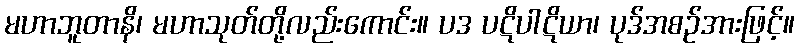
မဟာဘူတာနိ၊ မဟာသုတ်တို့လည်းကောင်း။ ပဒ ပဋိပါဋိယာ၊ ပုဒ်အစဉ်အားဖြင့်။